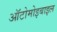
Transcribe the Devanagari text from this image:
ऑटोमोइबाइल